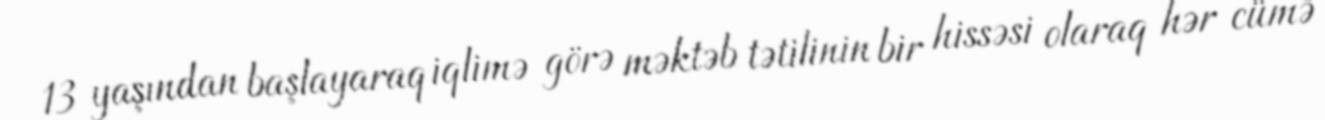
13 yaşından başlayaraq iqlimə görə məktəb tətilinin bir hissəsi olaraq hər cümə